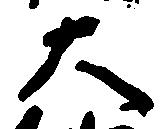
大